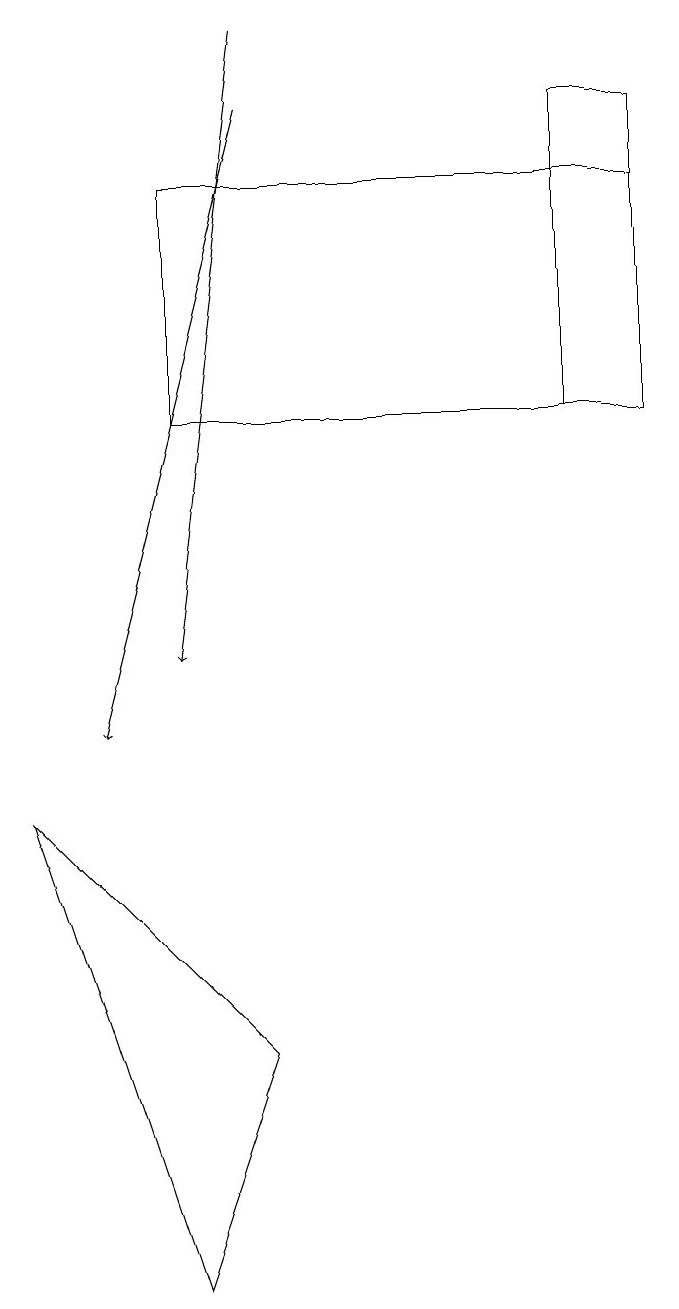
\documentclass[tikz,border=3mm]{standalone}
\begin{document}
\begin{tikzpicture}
\draw[->] (4,19) -- (3,11);
\draw (9,18) rectangle (8,14);
\draw[->] (4,18) -- (2,10);
\draw (9,14) rectangle (3,17);
\draw (1,9) -- (4,6) -- (3,3) -- cycle;
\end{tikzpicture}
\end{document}